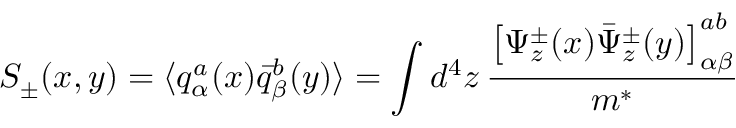
S _ { \pm } ( x , y ) = \langle q _ { \alpha } ^ { a } ( x ) { \bar { q } } _ { \beta } ^ { b } ( y ) \rangle = \int d ^ { 4 } z \, \frac { \left[ \Psi _ { z } ^ { \pm } ( x ) { \bar { \Psi } } _ { z } ^ { \pm } ( y ) \right] _ { \alpha \beta } ^ { a b } } { m ^ { * } }